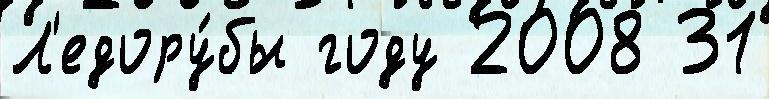
Л'едору́бы году 2008 31